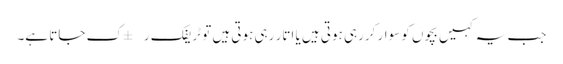
جب یہ کہیں بچوں کو سوار کررہی ہوتی ہیں یا اتار رہی ہوتی ہیں تو ٹریفک ر±ک جاتا ہے۔